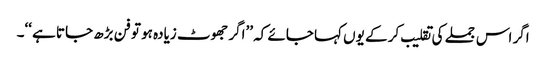
اگر اس جملے کی تقلیب کر کے یوں کہا جائے کہ ’’اگر جھوٹ زیادہ ہو تو فن بڑھ جاتا ہے ‘‘۔